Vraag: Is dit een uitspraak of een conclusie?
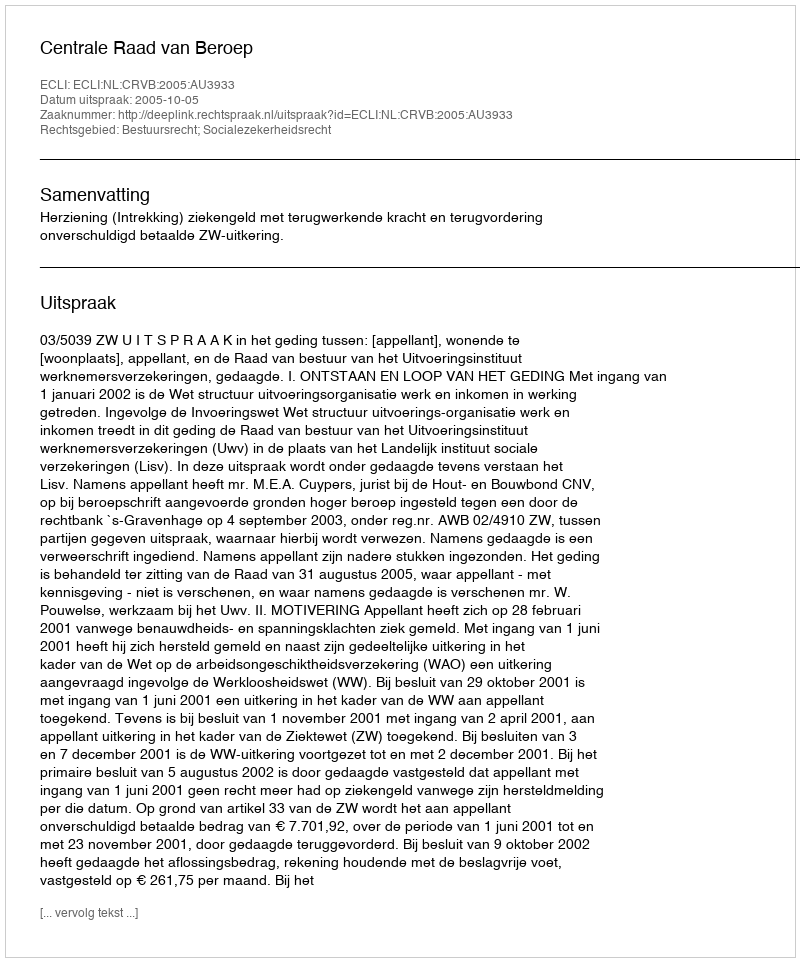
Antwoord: Uitspraak